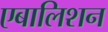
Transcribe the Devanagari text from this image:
एबालिशन